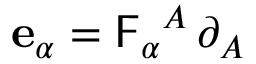
\mathbf { e } _ { \alpha } = \mathsf { F } _ { \alpha } { } ^ { A } \, \partial _ { A }